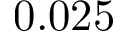
0 . 0 2 5